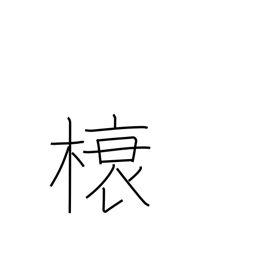
Meaning: rafter